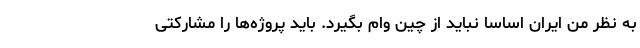
به نظر من ایران اساسا نباید از چین وام بگیرد. باید پروژه‌ها را مشارکتی